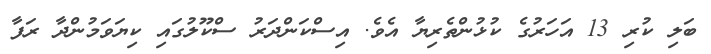
ބަލި ކުރި 13 އަހަރުގެ ކުޅުންތެރިޔާ އެވެ. އިސްކަންދަރު ސްކޫލުގައި ކިޔަވަމުންދާ ރަފާ